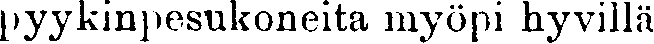
pyykinpesukoneita myöpi hyvillä